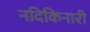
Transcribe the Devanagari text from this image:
नदिकिनारी